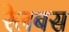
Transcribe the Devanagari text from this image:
रेलबस